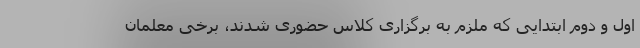
اول و دوم ابتدایی که ملزم به برگزاری کلاس حضوری شدند، برخی معلمان